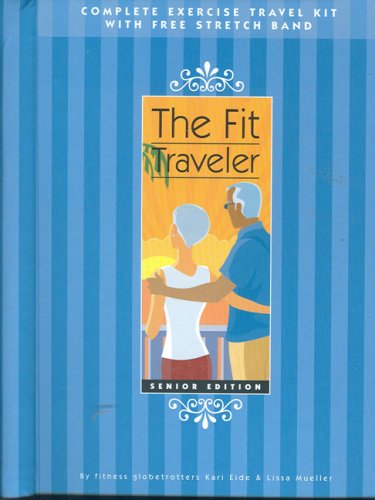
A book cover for The Fit Traveler - Senior Edition; Eide; Travel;